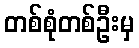
တစ်စုံတစ်ဦးမှ